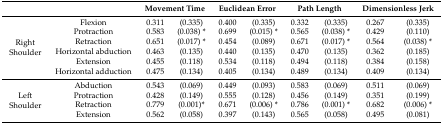
<table><thead><tr><td colspan="2"></td><td colspan="2"><b>Movement Time</b></td><td colspan="2"><b>Euclidean Error</b></td><td colspan="2"><b>Path Length</b></td><td colspan="2"><b>Dimensionless Jerk</b></td></tr></thead><tbody><tr><td rowspan="6">Right Shoulder</td><td>Flexion</td><td>0.311</td><td>(0.335)</td><td>0.400</td><td>(0.335)</td><td>0.332</td><td>(0.335)</td><td>0.267</td><td>(0.335)</td></tr><tr><td>Protraction</td><td>0.583</td><td>(0.038) *</td><td>0.699</td><td>(0.015) *</td><td>0.565</td><td>(0.038) *</td><td>0.429</td><td>(0.110)</td></tr><tr><td>Retraction</td><td>0.651</td><td>(0.017) *</td><td>0.454</td><td>(0.089)</td><td>0.671</td><td>(0.017) *</td><td>0.564</td><td>(0.038) *</td></tr><tr><td>Horizontal abduction</td><td>0.463</td><td>(0.135)</td><td>0.440</td><td>(0.135)</td><td>0.470</td><td>(0.135)</td><td>0.362</td><td>(0.185)</td></tr><tr><td>Extension</td><td>0.455</td><td>(0.118)</td><td>0.534</td><td>(0.118)</td><td>0.494</td><td>(0.118)</td><td>0.384</td><td>(0.158)</td></tr><tr><td>Horizontal adduction</td><td>0.475</td><td>(0.134)</td><td>0.405</td><td>(0.134)</td><td>0.489</td><td>(0.134)</td><td>0.409</td><td>(0.134)</td></tr><tr><td rowspan="4">Left Shoulder</td><td>Abduction</td><td>0.543</td><td>(0.069)</td><td>0.449</td><td>(0.093)</td><td>0.583</td><td>(0.069)</td><td>0.511</td><td>(0.069)</td></tr><tr><td>Protraction</td><td>0.428</td><td>(0.149)</td><td>0.555</td><td>(0.128)</td><td>0.456</td><td>(0.149)</td><td>0.351</td><td>(0.199)</td></tr><tr><td>Retraction</td><td>0.779</td><td>(0.001)*</td><td>0.671</td><td>(0.006) *</td><td>0.786</td><td>(0.001) *</td><td>0.682</td><td>(0.006) *</td></tr><tr><td>Extension</td><td>0.562</td><td>(0.058)</td><td>0.397</td><td>(0.143)</td><td>0.565</td><td>(0.058)</td><td>0.495</td><td>(0.081)</td></tr></tbody></table>